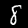
Label: 8